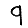
Digit: 9